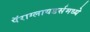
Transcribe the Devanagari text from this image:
पॅराग्लायडर्समध्ये